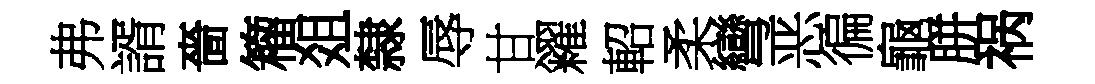
弗諝嗇籕爼隸辱甘糴軺柔彎恶徧龜胼祸